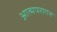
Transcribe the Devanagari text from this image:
आत्मपरागन